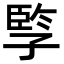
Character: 𡦋